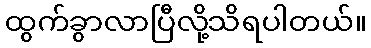
ထွက်ခွာလာပြီလို့သိရပါတယ်။